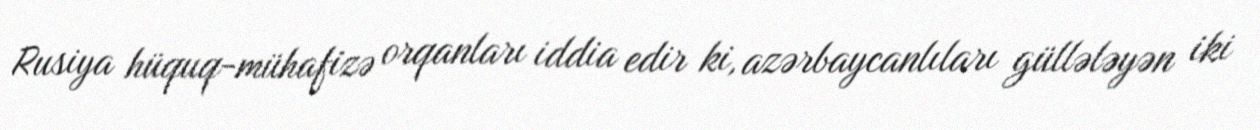
Rusiya hüquq-mühafizə orqanları iddia edir ki, azərbaycanlıları güllələyən iki